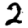
Digit: 2